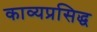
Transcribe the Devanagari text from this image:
काव्यप्रसिद्ध